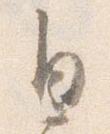
自